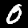
Label: 0